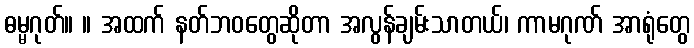
ဓမ္မဂုတ်။ ။ အထက် နတ်ဘဝတွေဆိုတာ အလွန်ချမ်းသာတယ်၊ ကာမဂုဏ် အာရုံတွေ